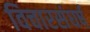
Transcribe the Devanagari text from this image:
विचारसंघर्ष